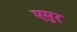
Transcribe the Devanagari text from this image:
एमुर